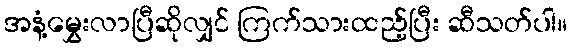
အနံ့မွှေးလာပြီဆိုလျှင် ကြက်သားထည့်ပြီး ဆီသတ်ပါ။